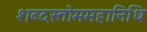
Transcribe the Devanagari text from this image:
शब्दस्तोममहानिधि